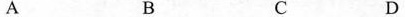
A B C D